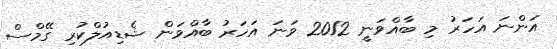
އަންނަ އަހަރު މި ބާއްވަނީ 2012 ވަނަ އަހަރު ބާއްވަން ޝެޑިއުލްކުރި ގޭމްސް